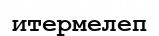
итермелеп